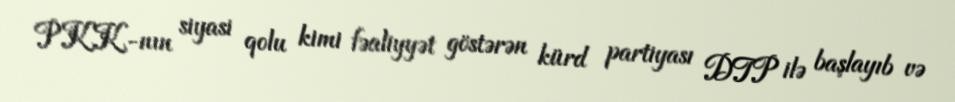
PKK-nın siyasi qolu kimi fəaliyyət göstərən kürd partiyası DTP ilə başlayıb və